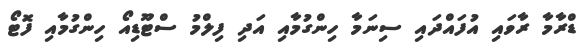
ޑްރާމާ ރާވައި އުފައްދައި ސިނަމާ ހިންގުމާއި އަދި ފިލްމު ސްޓޫޑިއޯ ހިންގުމާއި ފޮޓޯ